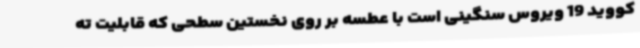
کووید 19 ویروس سنگینی است با عطسه بر روی نخستین سطحی که قابلیت ته